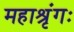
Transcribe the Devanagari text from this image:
महाश्रृंगः